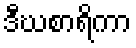
ဒီဃစာရိကာ